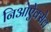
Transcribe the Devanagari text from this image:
निओऐक्सेल